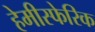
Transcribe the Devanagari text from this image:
हेमीस्फेरिक